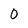
Character: 0